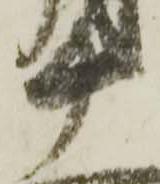
十